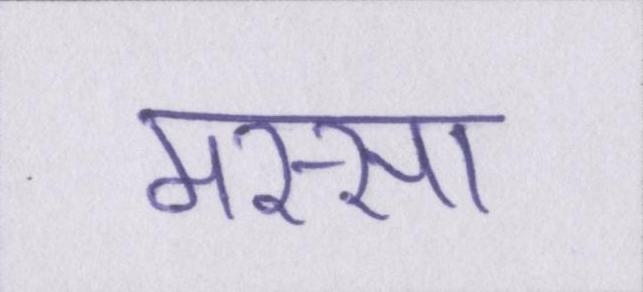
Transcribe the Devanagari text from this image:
मस्सा